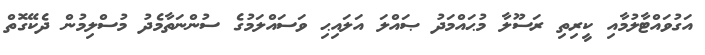
އަގުވައްޓާލުމާއި ކީރިތި ރަސޫލާ މުޙައްމަދު ޞައްލަ އަލައިޙި ވަސައްލަމުގެ ސުންނަތާމެދު މުސްލިމުން ދެކޭގޮތް